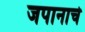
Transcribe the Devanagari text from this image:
जपानाचे